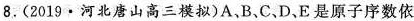
8.(2019·河北唐山高三模拟)A，B、C、D、E是原子序数依